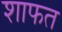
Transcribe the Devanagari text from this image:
शाफत